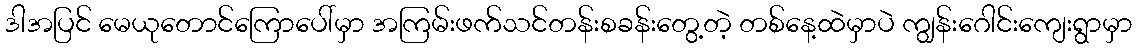
ဒါအပြင် မေယုတောင်ကြောပေါ်မှာ အကြမ်းဖက်သင်တန်းစခန်းတွေ့တဲ့ တစ်နေ့ထဲမှာပဲ ကျွန်းဂေါင်းကျေးရွာမှာ